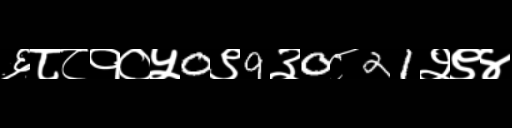
Text: ६८८१०५0९9३0८21२९४